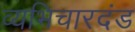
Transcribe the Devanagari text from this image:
व्यभिचारदंड